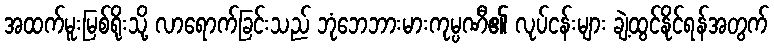
အထက်မူးမြစ်ရိုးသို့ လာရောက်ခြင်းသည် ဘုံဘေဘားမားကုမ္ပဏီ၏ လုပ်ငန်းများ ချဲ့ထွင်နိုင်ရန်အတွက်